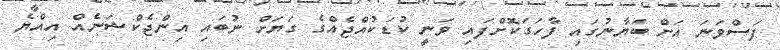
ފަސްވަނަ އަށް ބަޔާނުގައި ފާހަގަކޮށްފައި ވަނީ ކުޑަކުއްޖެއްގެ ގަޔަށް ނުބައި އިންޖެކްޝަނެއް އިއްޔެ